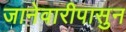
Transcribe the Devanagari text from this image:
जानेवारीपासुन